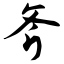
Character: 斧